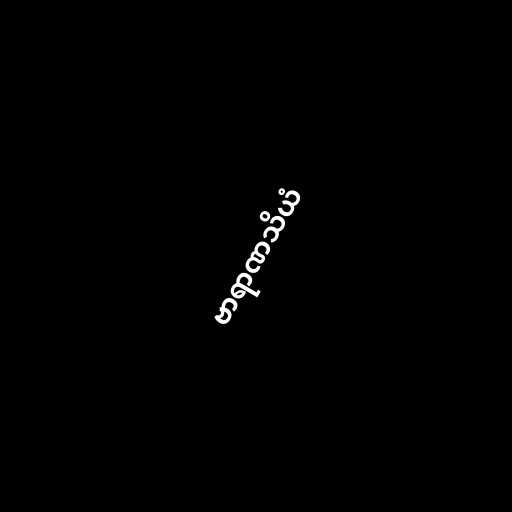
ဗာရာဏသိယံ